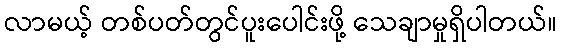
လာမယ့် တစ်ပတ်တွင်ပူးပေါင်းဖို့ သေချာမှုရှိပါတယ်။